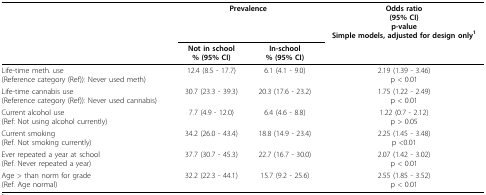
|  | <COLSPAN=2> Prevalence | Odds ratio(95% CI)p-valueSimple models, adjusted for design only1 |
 |  | Not in school% (95% CI) | In-school% (95% CI) |  |
 | --- | --- | --- | --- |
 | Life-time meth. use(Reference category (Ref)): Never used meth) | 12.4 (8.5 - 17.7) | 6.1 (4.1 - 9.0) | 2.19 (1.39 - 3.46)p < 0.01 |
 | Life-time cannabis use(Reference category (Ref)): Never used cannabis) | 30.7 (23.3 - 39.3) | 20.3 (17.6 - 23.2) | 1.75 (1.22 - 2.49)p < 0.01 |
 | Current alcohol use(Ref: Not using alcohol currently) | 7.7 (4.9 - 12.0) | 6.4 (4.6 - 8.8) | 1.22 (0.7 - 2.12)p > 0.05 |
 | Current smoking(Ref. Not smoking currently) | 34.2 (26.0 - 43.4) | 18.8 (14.9 - 23.4) | 2.25 (1.45 - 3.48)p <0.01 |
 | Ever repeated a year at school(Ref. Never repeated a year) | 37.7 (30.7 - 45.3) | 22.7 (16.7 - 30.0) | 2.07 (1.42 - 3.02)p < 0.01 |
 | Age > than norm for grade(Ref. Age normal) | 32.2 (22.3 - 44.1) | 15.7 (9.2 - 25.6) | 2.55 (1.85 - 3.52)p < 0.01 |